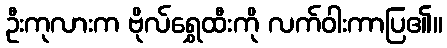
ဦးကုလားက ဗိုလ်ရွှေထီးကို လက်ဝါးကာပြ၏။